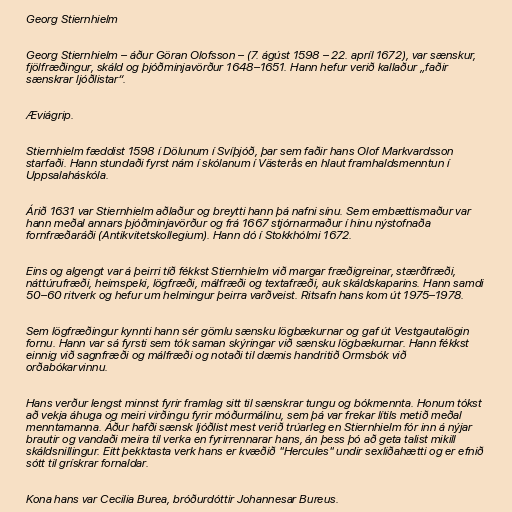
Georg Stiernhielm

Georg Stiernhielm – áður Göran Olofsson – (7. ágúst 1598 – 22. apríl 1672), var sænskur,
fjölfræðingur, skáld og þjóðminjavörður 1648–1651. Hann hefur verið kallaður „faðir
sænskrar ljóðlistar“.

Æviágrip.

Stiernhielm fæddist 1598 í Dölunum í Svíþjóð, þar sem faðir hans Olof Markvardsson
starfaði. Hann stundaði fyrst nám í skólanum í Västerås en hlaut framhaldsmenntun í
Uppsalaháskóla.

Árið 1631 var Stiernhielm aðlaður og breytti hann þá nafni sínu. Sem embættismaður var
hann meðal annars þjóðminjavörður og frá 1667 stjórnarmaður í hinu nýstofnaða
fornfræðaráði (Antikvitetskollegium). Hann dó í Stokkhólmi 1672.

Eins og algengt var á þeirri tíð fékkst Stiernhielm við margar fræðigreinar, stærðfræði,
náttúrufræði, heimspeki, lögfræði, málfræði og textafræði, auk skáldskaparins. Hann samdi
50–60 ritverk og hefur um helmingur þeirra varðveist. Ritsafn hans kom út 1975–1978.

Sem lögfræðingur kynnti hann sér gömlu sænsku lögbækurnar og gaf út Vestgautalögin
fornu. Hann var sá fyrsti sem tók saman skýringar við sænsku lögbækurnar. Hann fékkst
einnig við sagnfræði og málfræði og notaði til dæmis handritið Ormsbók við
orðabókarvinnu.

Hans verður lengst minnst fyrir framlag sitt til sænskrar tungu og bókmennta. Honum tókst
að vekja áhuga og meiri virðingu fyrir móðurmálinu, sem þá var frekar lítils metið meðal
menntamanna. Áður hafði sænsk ljóðlist mest verið trúarleg en Stiernhielm fór inn á nýjar
brautir og vandaði meira til verka en fyrirrennarar hans, án þess þó að geta talist mikill
skáldsnillingur. Eitt þekktasta verk hans er kvæðið "Hercules" undir sexliðahætti og er efnið
sótt til grískrar fornaldar.

Kona hans var Cecilia Burea, bróðurdóttir Johannesar Bureus.